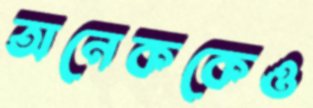
অনেককেও